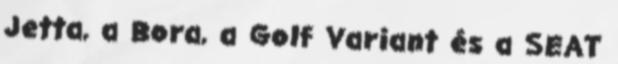
Jetta, a Bora, a Golf Variant és a SEAT